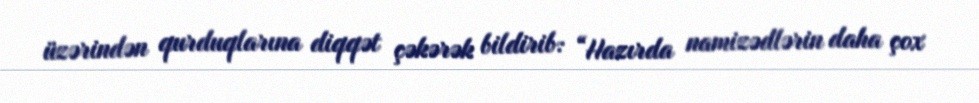
üzərindən qurduqlarına diqqət çəkərək bildirib: “Hazırda namizədlərin daha çox